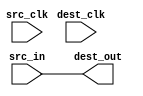
module bus_cdc_wrap #
(
    parameter WIDTH = 2
) (
    input  wire src_clk,
    input  wire dest_clk,
    input  wire [WIDTH-1:0] src_in,
    output wire [WIDTH-1:0] dest_out
);

`ifdef TARGET_SYNTHESIS
// XXX: array single CDC, should only be used for status signals
xpm_cdc_array_single #(
   .DEST_SYNC_FF(3),   // DECIMAL; range: 2-10
   .INIT_SYNC_FF(0),   // DECIMAL; 0=disable simulation init values, 1=enable simulation init values
   .SIM_ASSERT_CHK(0), // DECIMAL; 0=disable simulation messages, 1=enable simulation messages
   .SRC_INPUT_REG(1),  // DECIMAL; 0=do not register input, 1=register input
   .WIDTH(WIDTH)       // DECIMAL; range: 1-1024
) i_cdc (
   .dest_out, // WIDTH-bit output: src_in synchronized to the destination clock domain. This
                        // output is registered.

   .dest_clk, // 1-bit input: Clock signal for the destination clock domain.
   .src_clk,   // 1-bit input: optional; required when SRC_INPUT_REG = 1
   .src_in      // WIDTH-bit input: Input single-bit array to be synchronized to destination clock
                        // domain. It is assumed that each bit of the array is unrelated to the others. This
                        // is reflected in the constraints applied to this macro. To transfer a binary value
                        // losslessly across the two clock domains, use the XPM_CDC_GRAY macro instead.

);
`else
assign dest_out = src_in;
`endif

endmodule